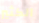
الكثير